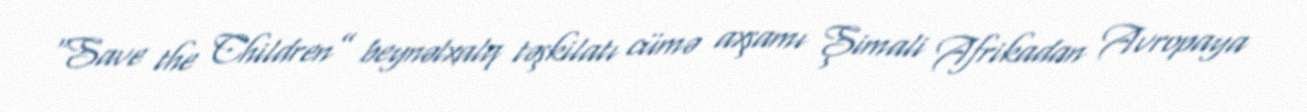
“Save the Children” beynəlxalq təşkilatı cümə axşamı Şimali Afrikadan Avropaya